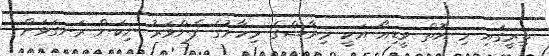
ތިރީގައި މި އޮތް ވީޑިއޯ އަކީ މިރާޝްގެ މިހާރުގެ ފެންވަރު ނިކަން ރަނގަޅަށް